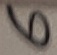
Text: 6